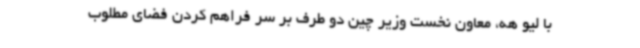
با لیو هه، معاون نخست وزیر چین دو طرف بر سر فراهم کردن فضای مطلوب